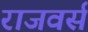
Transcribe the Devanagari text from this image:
राजवर्स